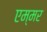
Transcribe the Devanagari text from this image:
एम्मर